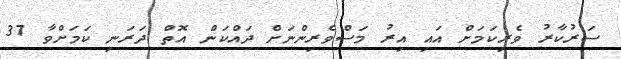
ސަރުކާރު ވެރިކަމަށް އައި އިރު މަސްވެރިންނަށް ދައްކަން އޮތް ދަރަނި ކަމަށްވާ 37